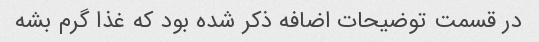
در قسمت توضیحات اضافه ذکر شده بود که غذا گرم بشه